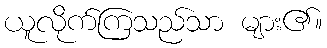
ယူလိုက်ကြသည်သာ များ၏။